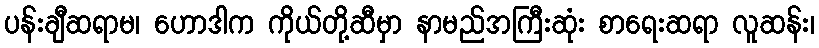
ပန်းချီဆရာမ၊ ဟောဒါက ကိုယ်တို့ဆီမှာ နာမည်အကြီးဆုံး စာရေးဆရာ လူဆန်း၊